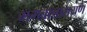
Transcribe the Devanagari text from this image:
भगवान्नारायण